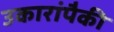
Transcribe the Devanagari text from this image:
उकारांपैकी